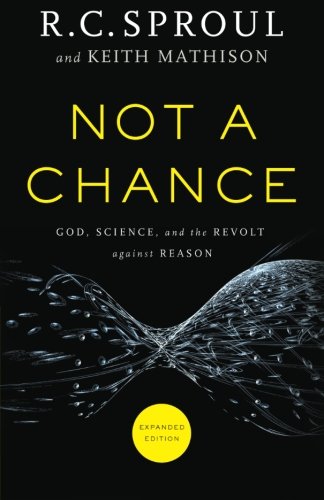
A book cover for Not a Chance: God, Science, and the Revolt against Reason; R. C. Sproul; Science & Math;